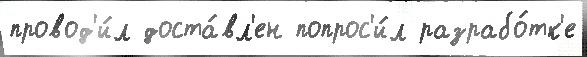
провод'и́л доста́вл'ен попрос'и́л разрабо́тк'е